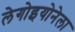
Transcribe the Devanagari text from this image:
लेगोइयोनेला